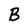
Character: B